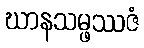
ဃာနသမ္ဖဿဇံ